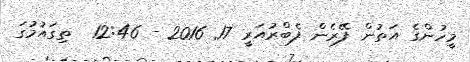
މީހުންގެ އަތުން ފޭރެން ފެބްރުއަރީ 17